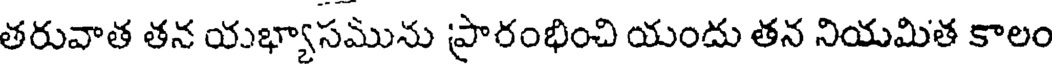
తరువాత తన యభ్యాసమును ప్రారంభించి యందు తన నియమిత కాలం